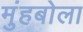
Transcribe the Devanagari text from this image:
मुंहबोला